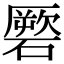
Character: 𥕳